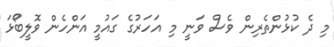
މި ދެ ކުޅުންތެރިން ވެސް ވަނީ މި އަހަރުގެ ގައުމީ އަންހެން ވޮލީބޯޅަ